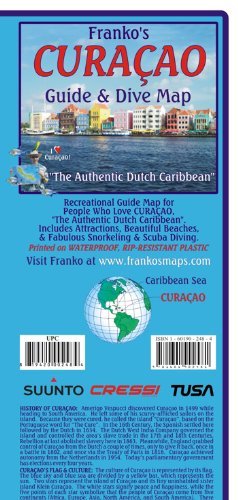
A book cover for Curacao 1:55,555 Guide & Dive Recreation Map, waterproof FRANKO; Franko; Travel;